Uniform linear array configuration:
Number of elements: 32
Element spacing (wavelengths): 0.5
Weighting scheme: hann
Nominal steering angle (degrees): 0
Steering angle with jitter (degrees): -0.7053
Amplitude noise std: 0.05
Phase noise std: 0.05

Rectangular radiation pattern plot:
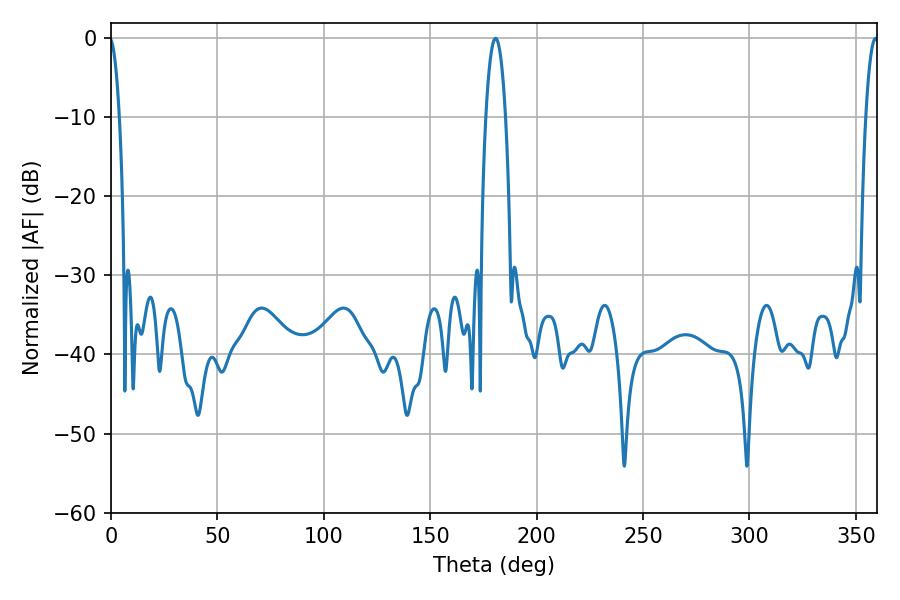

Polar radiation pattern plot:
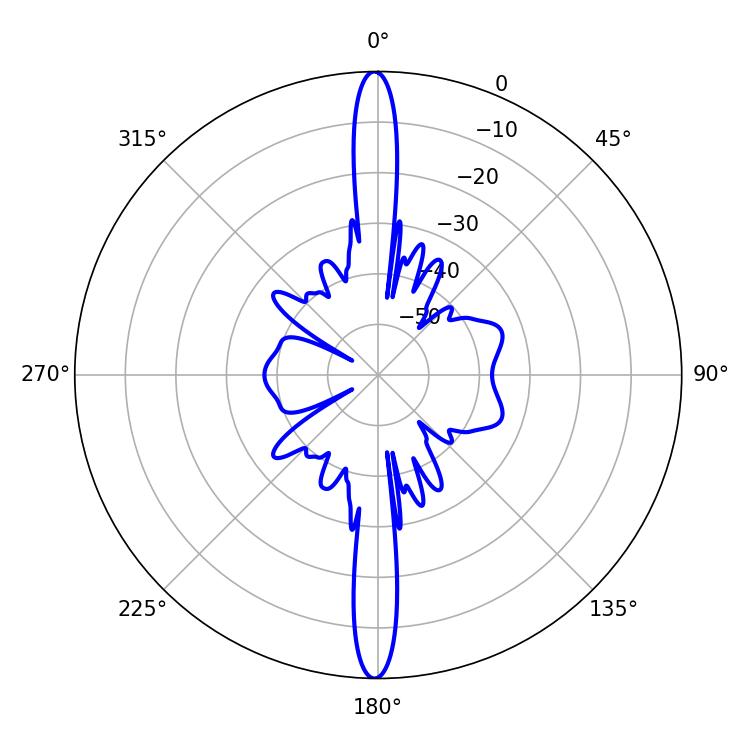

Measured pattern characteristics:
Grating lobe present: FALSE
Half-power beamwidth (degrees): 3.24
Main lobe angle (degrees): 359.28